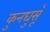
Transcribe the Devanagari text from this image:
कुनघुसूँ